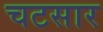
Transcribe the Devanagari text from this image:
चटसार